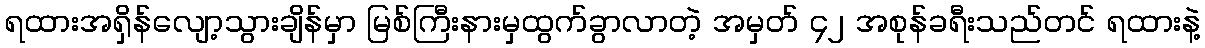
ရထားအရှိန်လျော့သွားချိန်မှာ မြစ်ကြီးနားမှထွက်ခွာလာတဲ့ အမှတ် ၄၂ အစုန်ခရီးသည်တင် ရထားနဲ့